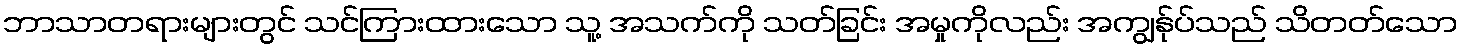
ဘာသာတရားများတွင် သင်ကြားထားသော သူ့ အသက်ကို သတ်ခြင်း အမှုကိုလည်း အကျွန်ုပ်သည် သိတတ်သော